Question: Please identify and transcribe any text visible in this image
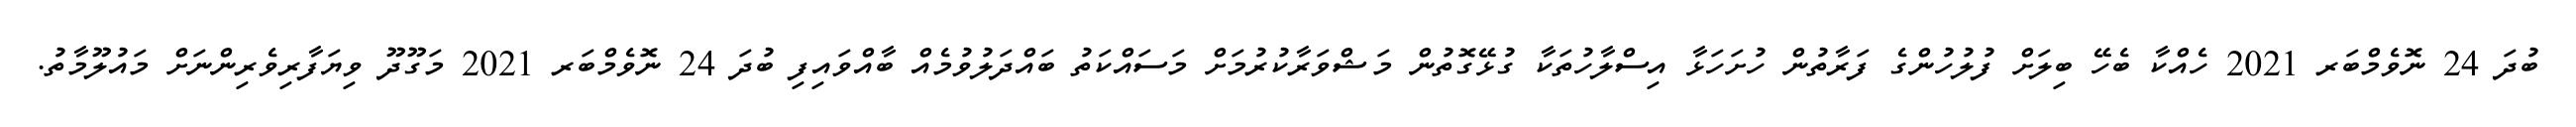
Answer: ބުދަ 24 ނޮވެމްބަރ 2021 ހެއްކާ ބެހޭ ބިލަށް ފުލުހުންގެ ފަރާތުން ހުށަހަޅާ އިސްލާހުތަކާ ގުޅޭގޮތުން މަޝްވަރާކުރުމަށް މަސައްކަތު ބައްދަލުވުމެއް ބާއްވައިފި ބުދަ 24 ނޮވެމްބަރ 2021 މަގޫދޫ ވިޔަފާރިވެރިންނަށް މައުލޫމާތު.